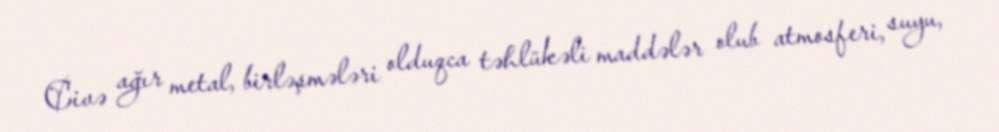
Civə ağır metal, birləşmələri olduqca təhlükəli maddələr olub atmosferi, suyu,